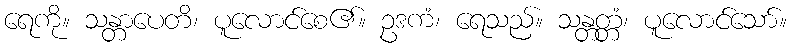
ရေကို။ သန္တာပေတိ၊ ပူလောင်စေ၏။ ဥဒကံ၊ ရေသည်။ သန္တတ္တံ၊ ပူလောင်သော်။